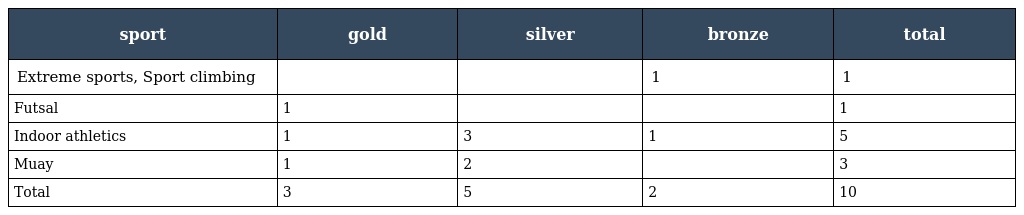
| sport | gold | silver | bronze | total |
 | --- | --- | --- | --- | --- |
 | Extreme sports, Sport climbing |  |  | 1 | 1 |
 | Futsal | 1 |  |  | 1 |
 | Indoor athletics | 1 | 3 | 1 | 5 |
 | Muay | 1 | 2 |  | 3 |
 | Total | 3 | 5 | 2 | 10 |